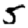
Digit: 5